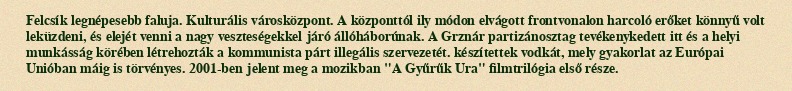
Felcsík legnépesebb faluja. Kulturális városközpont. A központtól ily módon elvágott frontvonalon harcoló erőket könnyű volt leküzdeni, és elejét venni a nagy veszteségekkel járó állóháborúnak. A Grznár partizánosztag tevékenykedett itt és a helyi munkásság körében létrehozták a kommunista párt illegális szervezetét. készítettek vodkát, mely gyakorlat az Európai Unióban máig is törvényes. 2001-ben jelent meg a mozikban "A Gyűrűk Ura" filmtrilógia első része.